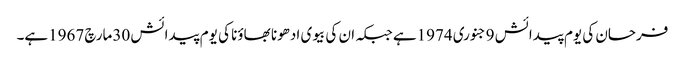
فرحان کی یوم پیدائش 9جنوری 1974ہے جبکہ ان کی بیوی ادھونا بھاؤنا کی یوم پیدائش 30مارچ 1967ہے۔